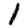
Digit: 1